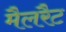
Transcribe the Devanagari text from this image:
मैलरैट